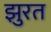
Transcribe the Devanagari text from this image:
झुरत